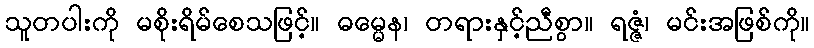
သူတပါးကို မစိုးရိမ်စေသဖြင့်။ ဓမ္မေန၊ တရားနှင့်ညီစွာ။ ရဇ္ဇံ၊ မင်းအဖြစ်ကို။